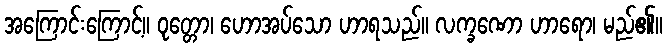
အကြောင်းကြောင့်။ ဝုတ္တော၊ ဟောအပ်သော ဟာရသည်။ လက္ခဏော ဟာရော၊ မည်၏။